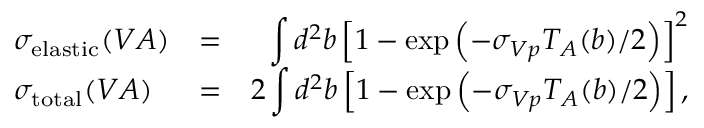
\begin{array} { l c r } { { \sigma _ { \mathrm { e l a s t i c } } ( V A ) } } & { { = } } & { { \displaystyle \int d ^ { 2 } b \left[ 1 - \exp \left( - \sigma _ { V p } T _ { A } ( b ) / 2 \right) \right] ^ { 2 } } } \\ { { \sigma _ { \mathrm { t o t a l } } ( V A ) } } & { { = } } & { { 2 \displaystyle \int d ^ { 2 } b \left[ 1 - \exp \left( - \sigma _ { V p } T _ { A } ( b ) / 2 \right) \right] , } } \end{array}